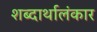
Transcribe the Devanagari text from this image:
शब्दार्थालंकार